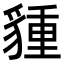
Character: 𧳮